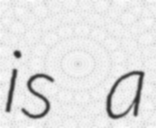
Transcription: is a